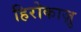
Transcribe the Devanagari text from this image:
हिरोकाज़ु